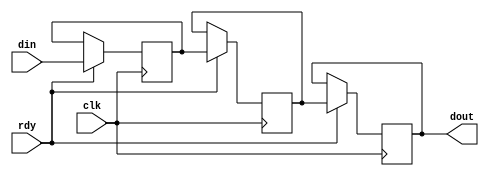

module my_fifo_496 (clk, din, dout, rdy);

    input clk; 
    input[8 - 1:0] din; 
    output[8 - 1:0] dout; 
    reg[8 - 1:0] dout;
	input rdy;

    reg[8-1:0]buff1;
    reg[8-1:0]buff2;

	// Fifo size log(FIFO_SIZE)/log2

    always @(posedge clk)
    begin
		if (rdy == 1'b1)
		begin
			buff1 <= din;
			dout <= buff2;
			buff2 <= buff1;

		end
	end
endmodule